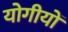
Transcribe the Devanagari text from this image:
योगीयों